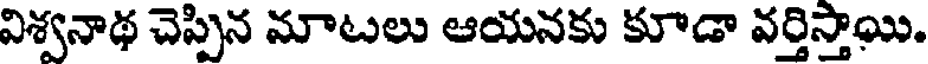
విశ్వనాథ చెప్పిన మాటలు ఆయనకు కూడా వర్తిస్తాయి.